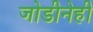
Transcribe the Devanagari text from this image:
जोडीनेही